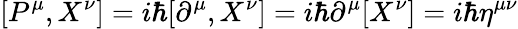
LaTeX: [P^{\mu},X^{\nu}]=i\hbar[\partial^{\mu},X^{\nu}]=i\hbar\partial^{\mu}[X^{\nu}]=i\hbar\eta^{\mu\nu}